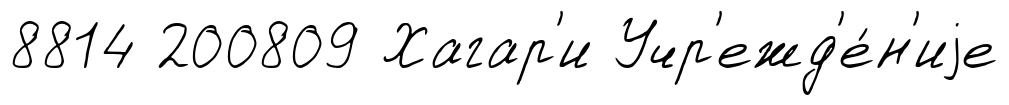
8814 200809 Хагар'и Учр'ежд'е́н'иjе